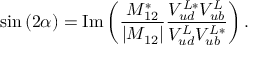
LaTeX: \sin { ( 2 \alpha ) } = \mathrm { I m } \left( { \frac { M _ { 1 2 } ^ { * } } { | M _ { 1 2 } | } } { \frac { V _ { u d } ^ { L * } V _ { u b } ^ { L } } { V _ { u d } ^ { L } V _ { u b } ^ { L * } } } \right) .